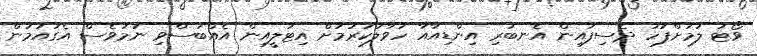
ވޯޓު ލުމަށްފަހު ދެސިފައިން އެނބުރި އިންޑިއާއާ ހަވާލުކުރުމަށް އިޓަލީއިން އެއްބަސްވި ނަމަވެސް އެގައުމުން